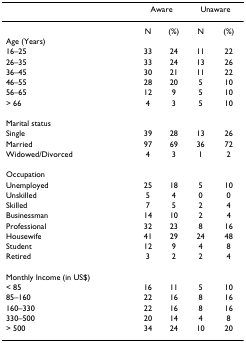
|  | <COLSPAN=2> Aware | <COLSPAN=2> Unaware |
 | --- | --- | --- | --- | --- |
 |  | N | (%) | N | (%) |
 | Age (Years) |  |  |  |  |
 | 16–25 | 33 | 24 | 11 | 22 |
 | 26–35 | 33 | 24 | 13 | 26 |
 | 36–45 | 30 | 21 | 11 | 22 |
 | 46–55 | 28 | 20 | 5 | 10 |
 | 56–65 | 12 | 9 | 5 | 10 |
 | > 66 | 4 | 3 | 5 | 10 |
 | Marital status |  |  |  |  |
 | Single | 39 | 28 | 13 | 26 |
 | Married | 97 | 69 | 36 | 72 |
 | Widowed/Divorced | 4 | 3 | 1 | 2 |
 | Occupation |  |  |  |  |
 | Unemployed | 25 | 18 | 5 | 10 |
 | Unskilled | 5 | 4 | 0 | 0 |
 | Skilled | 7 | 5 | 2 | 4 |
 | Businessman | 14 | 10 | 2 | 4 |
 | Professional | 32 | 23 | 8 | 16 |
 | Housewife | 41 | 29 | 24 | 48 |
 | Student | 12 | 9 | 4 | 8 |
 | Retired | 3 | 2 | 2 | 4 |
 | Monthly Income (in US$) |  |  |  |  |
 | < 85 | 16 | 11 | 5 | 10 |
 | 85–160 | 22 | 16 | 8 | 16 |
 | 160–330 | 22 | 16 | 8 | 16 |
 | 330–500 | 20 | 14 | 4 | 8 |
 | > 500 | 34 | 24 | 10 | 20 |